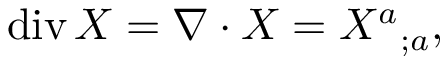
\operatorname { d i v } X = \nabla \cdot X = { X ^ { a } } _ { ; a } ,